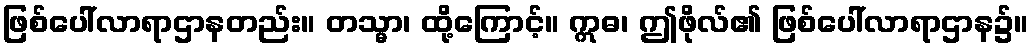
ဖြစ်ပေါ်လာရာဌာနတည်း။ တသ္မာ၊ ထို့ကြောင့်။ ဣဓ၊ ဤဖိုလ်၏ ဖြစ်ပေါ်လာရာဌာန၌။